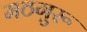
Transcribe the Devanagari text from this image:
मठगुरू